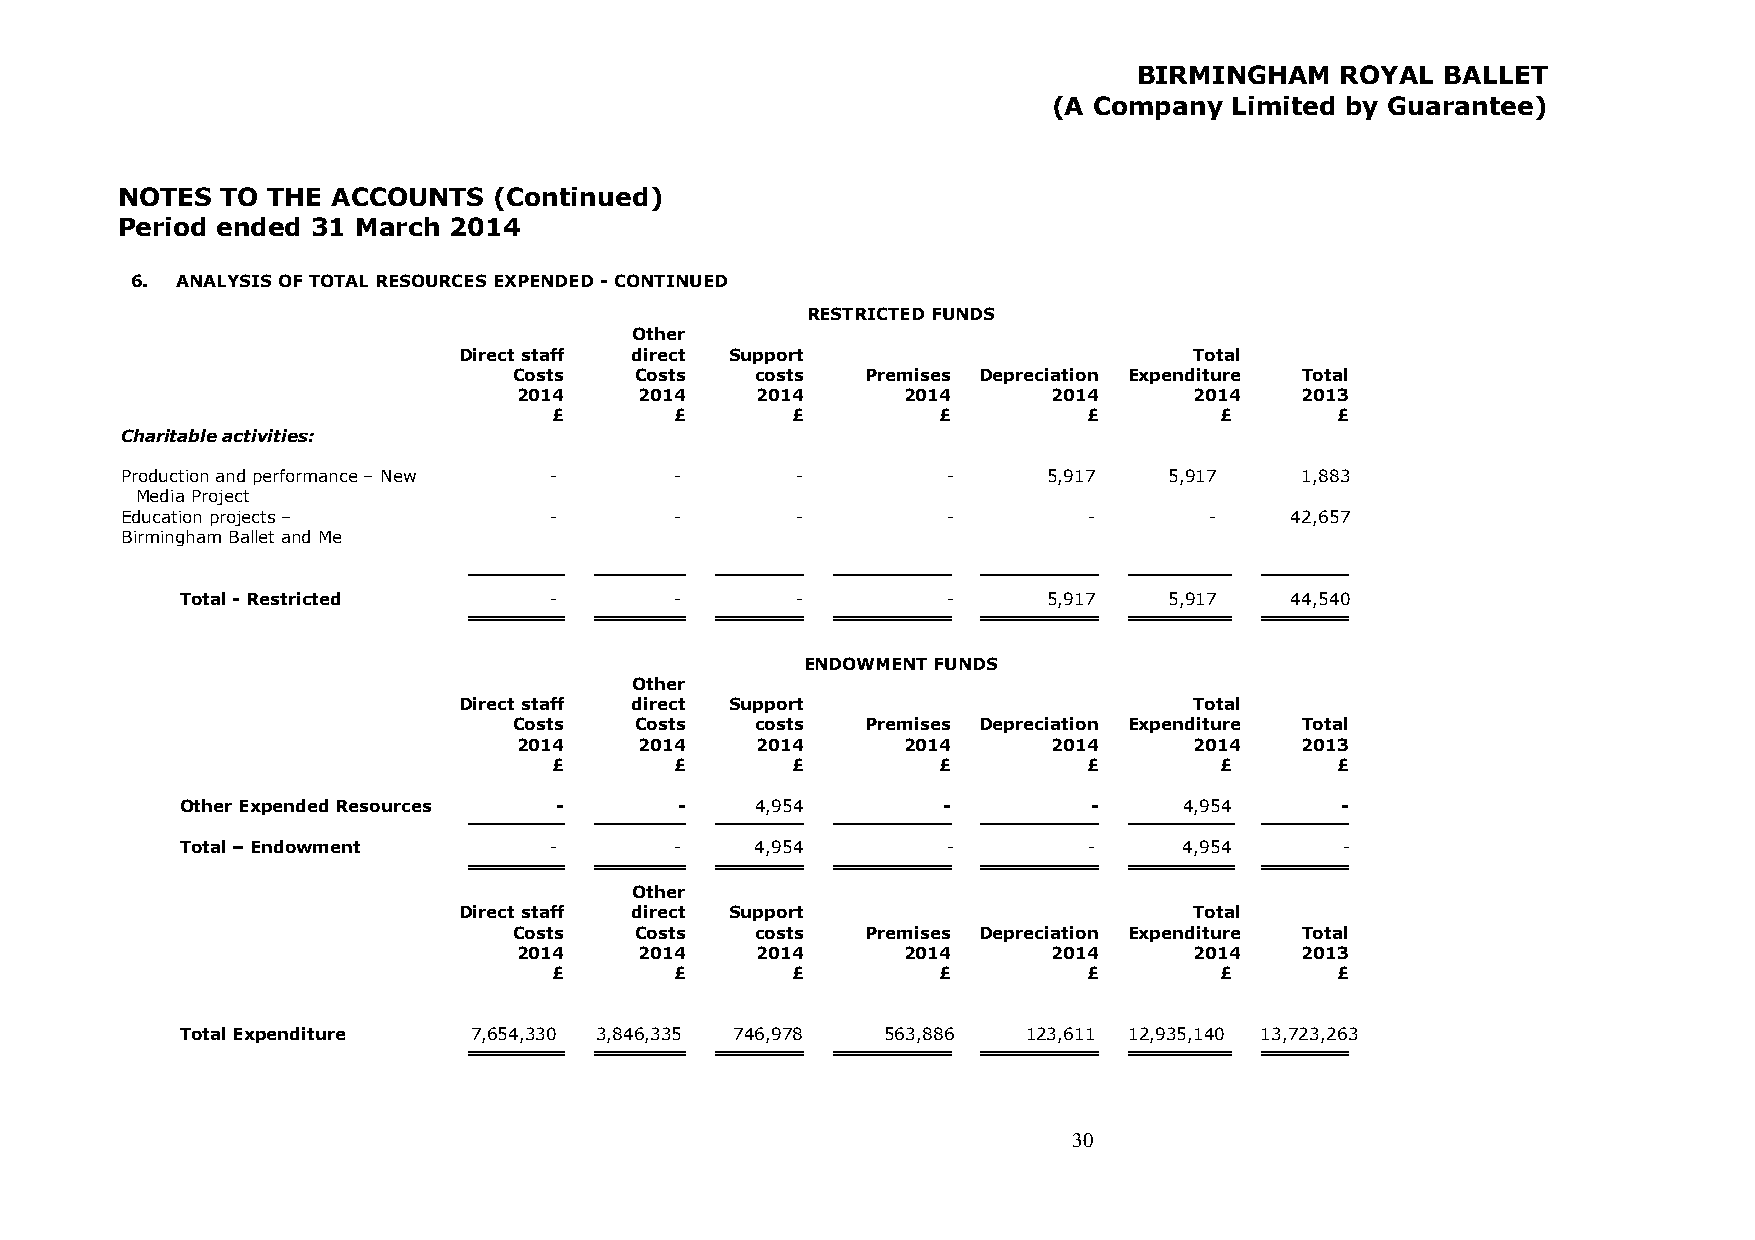
BIRMINGHAM    ROYAL  BALLET
 (A Company  Limited by Guarantee)
 NOTES  TO THE ACCOUNTS   (Continued)
 Period ended 31 March 2014
 6. ANALYSIS OF TOTAL RESOURCES EXPENDED - CONTINUED
 RESTRICTED FUNDS
 Other
 Direct staff direct Support                      Total
 Costs   Costs   costs  Premises Depreciation Expenditure Total
 2014    2014    2014      2014      2014     2014   2013
 £       £      £         £         £        £      £
 Charitable activities:
 Production and performance – New -   -       -         -     5,917   5,917    1,883
 Media Project
 Education projects –        -        -       -         -        -       -    42,657
 Birmingham Ballet and Me
 Total - Restricted      -        -       -         -     5,917   5,917   44,540
 ENDOWMENT FUNDS
 Other
 Direct staff direct Support                      Total
 Costs   Costs   costs  Premises Depreciation Expenditure Total
 2014    2014    2014      2014      2014     2014   2013
 £       £      £         £         £        £      £
 Other Expended Resources -       -    4,954       -         -     4,954      -
 Total – Endowment       -        -    4,954        -        -     4,954      -
 Other
 Direct staff direct Support                      Total
 Costs   Costs   costs  Premises Depreciation Expenditure Total
 2014    2014    2014      2014      2014     2014   2013
 £       £      £         £         £        £      £
 Total Expenditure  7,654,330 3,846,335 746,978 563,886  123,611 12,935,140 13,723,263
 30